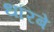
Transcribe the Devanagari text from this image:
धरिबे